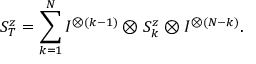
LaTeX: S _ { T } ^ { z } = \sum _ { k = 1 } ^ { N } I ^ { \otimes ( k - 1 ) } \otimes S _ { k } ^ { z } \otimes I ^ { \otimes ( N - k ) } .